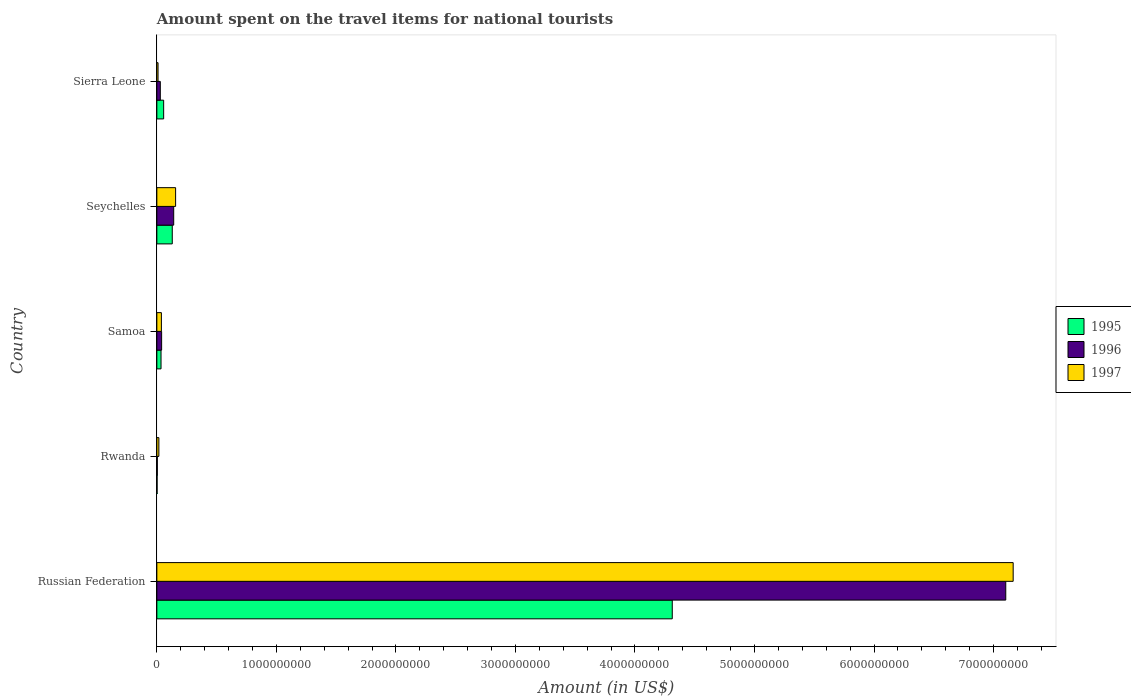
| Country | 1995 | 1996 | 1997 |
 | --- | --- | --- | --- |
 | Russian Federation | 4.31e+09 | 7.1e+09 | 7.16e+09 |
 | Rwanda | 2e+06 | 4e+06 | 1.7e+07 |
 | Samoa | 3.5e+07 | 4e+07 | 3.8e+07 |
 | Seychelles | 1.29e+08 | 1.41e+08 | 1.57e+08 |
 | Sierra Leone | 5.7e+07 | 2.9e+07 | 1e+07 |